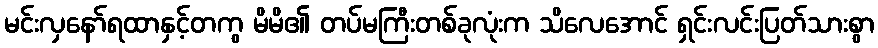
မင်းလှနော်ရထာနှင့်တကွ မိမိ၏ တပ်မကြီးတစ်ခုလုံးက သိလေအောင် ရှင်းလင်းပြတ်သားစွာ